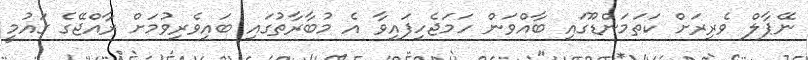
ނޭޕާލް ވެރިރަށް ކަތަމަންޑޫގައި ބާއްވަން ހަމަޖެހިފައިވާ އެ މުބާރާތުގައި ބައިވެރިވުމަށް ރާއްޖޭގެ ގައުމީ